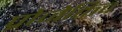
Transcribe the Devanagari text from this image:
प्रोजेक्तिव